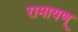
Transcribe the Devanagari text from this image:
रामायण्